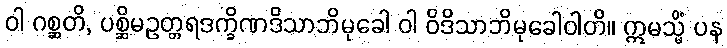
ဝါ ဂစ္ဆတိ, ပစ္ဆိမဥတ္တရဒက္ခိဏဒိသာဘိမုခေါ ဝါ ဝိဒိသာဘိမုခေါဝါတိ။ ဣမသ္မိံ ပန